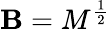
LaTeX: \mathbf{B}=M^{\frac{{1}}{{2}}}